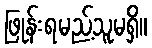
ဖြုန်းရမည့်သူမရှိ။